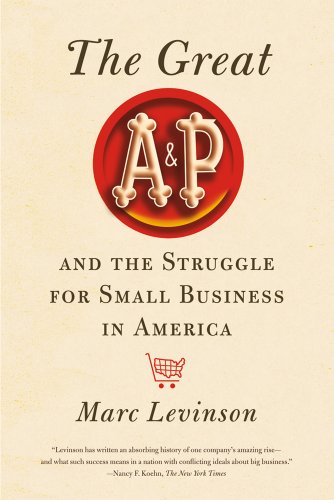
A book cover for The Great A&P and the Struggle for Small Business in America; Marc Levinson; Business & Money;